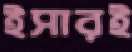
ইসারই